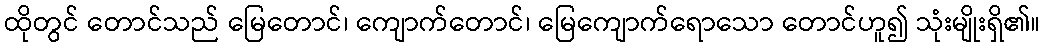
ထိုတွင် တောင်သည် မြေတောင်၊ ကျောက်တောင်၊ မြေကျောက်ရောသော တောင်ဟူ၍ သုံးမျိုးရှိ၏။